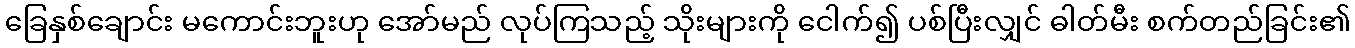
ခြေနှစ်ချောင်း မကောင်းဘူးဟု အော်မည် လုပ်ကြသည့် သိုးများကို ငေါက်၍ ပစ်ပြီးလျှင် ဓါတ်မီး စက်တည်ခြင်း၏